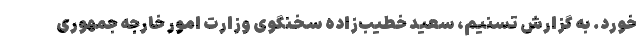
خورد. به گزارش تسنیم، سعید خطیب‌زاده سخنگوی وزارت امور خارجه جمهوری